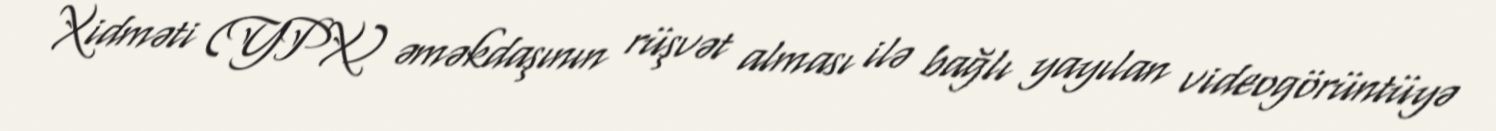
Xidməti (YPX) əməkdaşının rüşvət alması ilə bağlı yayılan videogörüntüyə